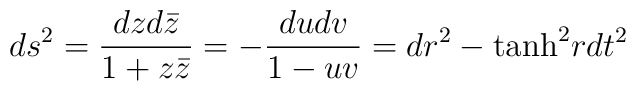
ds^2 = { dz d{\bar z} \over 1 + z {\bar z}} =  - {du dv \over 1 - uv} = dr^2 - {\rm tanh}^2 r dt^2